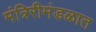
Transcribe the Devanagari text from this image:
मंत्रिरीमंडळात